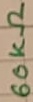
Text: 60KΩ